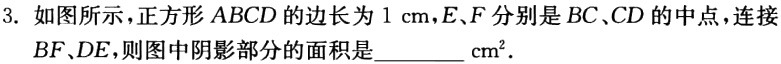
3. 如图所示，正方形 \(ABCD\) 的边长为 \(1\mathrm{cm}\)，\(E、F\) 分别是 \(BC、CD\) 的中点，连接 \(BF、DE\)，则图中阴影部分的面积是_______ \(\mathrm{cm}^{2}\)．